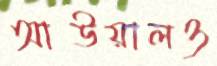
আউয়ালও